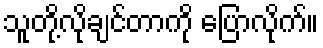
သူတို့လိုချင်တာကို ပြောလိုက်။